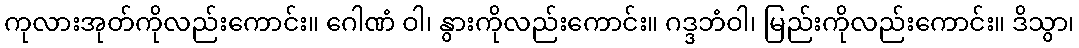
ကုလားအုတ်ကိုလည်းကောင်း။ ဂေါဏံ ဝါ၊ နွားကိုလည်းကောင်း။ ဂဒ္ဒဘံဝါ၊ မြည်းကိုလည်းကောင်း။ ဒိသွာ၊